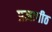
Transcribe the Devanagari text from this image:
प्रज्ञापीठ